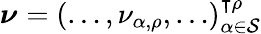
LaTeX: \boldsymbol{\nu}_{}=(\dots,\nu_{\alpha,\rho},\dots)_{\alpha\in\mathcal S}^{\intercal\rho}